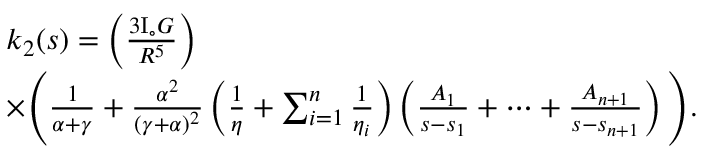
\begin{array} { r l } & { k _ { 2 } ( s ) = \left( \frac { 3 \mathrm { I } _ { \circ } G } { R ^ { 5 } } \right) } \\ & { \times \Bigg ( \frac { 1 } { \alpha + \gamma } + \frac { \alpha ^ { 2 } } { ( \gamma + \alpha ) ^ { 2 } } \left( \frac { 1 } { \eta } + \sum _ { i = 1 } ^ { n } \frac { 1 } { \eta _ { i } } \right) \left( \frac { A _ { 1 } } { s - s _ { 1 } } + \cdots + \frac { A _ { n + 1 } } { s - s _ { n + 1 } } \right) \Bigg ) . } \end{array}